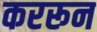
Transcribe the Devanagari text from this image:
कररून